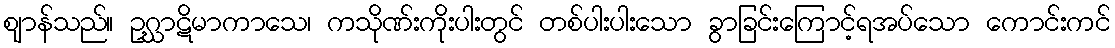
ဈာန်သည်။ ဥဂ္ဃာဋိမာကာသေ၊ ကသိုဏ်းကိုးပါးတွင် တစ်ပါးပါးသော ခွာခြင်းကြောင့်ရအပ်သော ကောင်းကင်